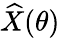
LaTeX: \widehat{X}(\theta)